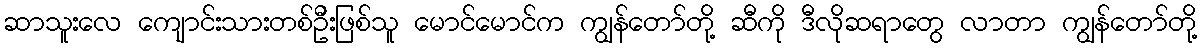
ဆာသူးလေ ကျောင်းသားတစ်ဦးဖြစ်သူ မောင်မောင်က ကျွန်တော်တို့ ဆီကို ဒီလိုဆရာတွေ လာတာ ကျွန်တော်တို့